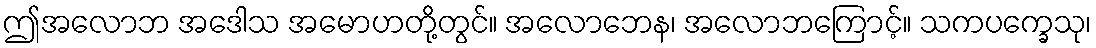
ဤအလောဘ အဒေါသ အမောဟတို့တွင်။ အလောဘေန၊ အလောဘကြောင့်။ သကပက္ခေသု၊